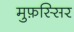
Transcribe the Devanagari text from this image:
मुफ़स्सिर